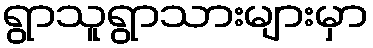
ရွာသူရွာသားများမှာ